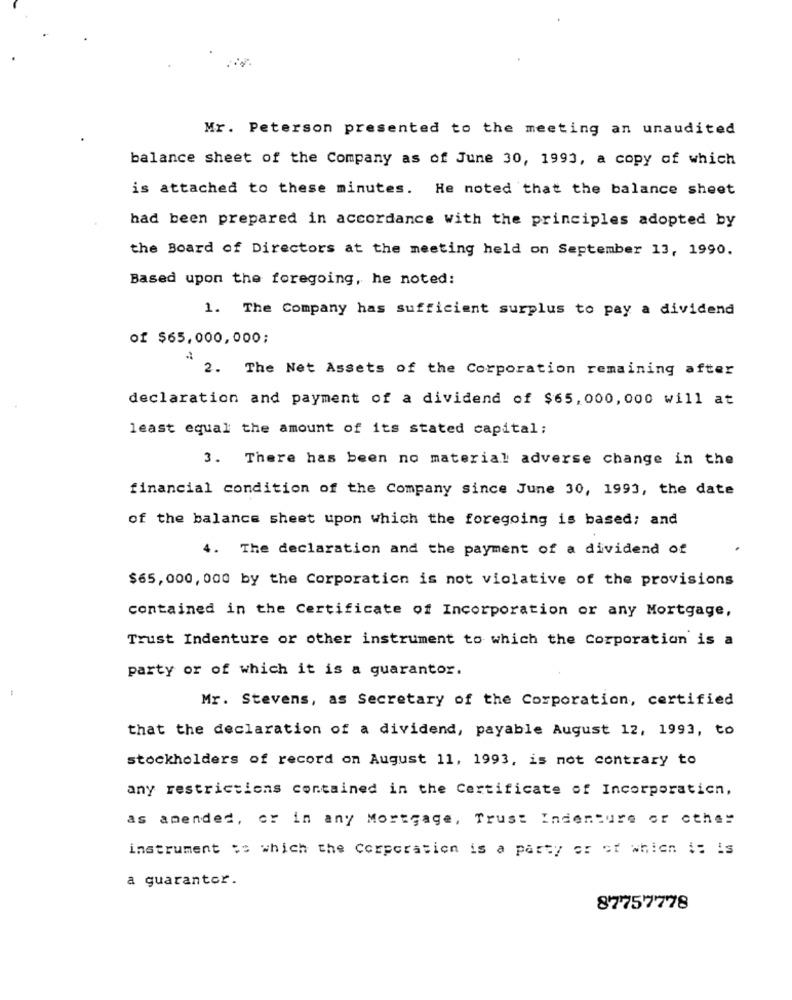
Mr. Peterson presented to the meeting an unaudited
balance sheet of the Company as of June 30, 1993, a copy of which
is attached to these minutes. He noted that the balance sheet
had been prepared in accordance with the principles adopted by
the Board of Directors at the meeting held on September 13, 1990.
Based upon the foregoing, he noted:
1. The Company has sufficient surplus to pay a dividend
of $65,000,000;
2. The Net Assets of the Corporation remaining after
declaration and payment of a dividend of $65, 000, 000 will at
least equal the amount of its stated capital;
3. There has been no material adverse change in the
financial condition of the Company since June 30, 1993, the date
of the balance sheet upon which the foregoing is based; and
4. The declaration and the payment of a dividend of
$65, 000, 000 by the Corporation is not violative of the provisions
contained in the Certificate of Incorporation or any Mortgage,
Trust Indenture or other instrument to which the Corporation is a
party or of which it is a guarantor.
Mr. Stevens, as Secretary of the Corporation, certified
that the declaration of a dividend, payable August 12, 1993, to
stockholders of record on August 11, 1993, is not contrary to
any restrictions contained in the Certificate of Incorporatich,
as amended, or in any Mortgage, Trust Indenture or other
instrument ss which the Corporation is a party er of which it is
a guarantor.
87757778